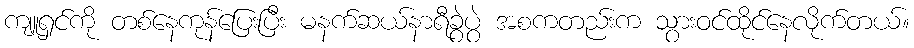
ကျူရှင်ကို တစ်နေကုန်ပြေးပြီး မနက်ဆယ်နာရီခွဲပွဲ အစကတည်းက သွားဝင်ထိုင်နေလိုက်တယ်။